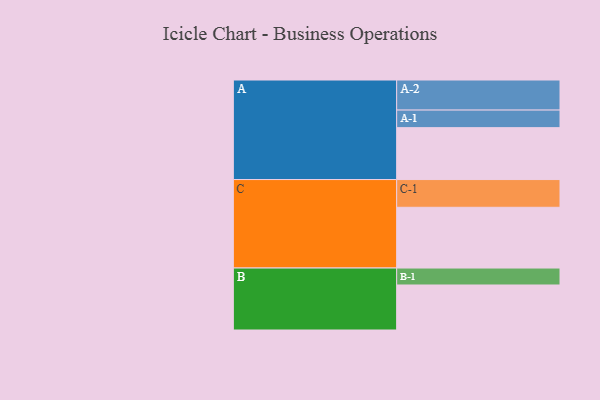
{"axis": {"x": "Segment", "y": "Value"}, "legend": ["", "A", "B", "C"], "data": [{"x": "A", "y": 511, "type": ""}, {"x": "B", "y": 443, "type": ""}, {"x": "C", "y": 598, "type": ""}, {"x": "A-1", "y": 173, "type": "A"}, {"x": "A-2", "y": 296, "type": "A"}, {"x": "B-1", "y": 167, "type": "B"}, {"x": "C-1", "y": 273, "type": "C"}]}